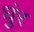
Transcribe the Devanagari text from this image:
धुंर